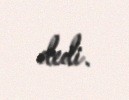
dedi.